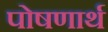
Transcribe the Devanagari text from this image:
पोषणार्थ